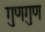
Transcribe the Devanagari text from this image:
गुणगुण